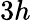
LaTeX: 3h